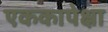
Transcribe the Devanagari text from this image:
एककापेक्षा